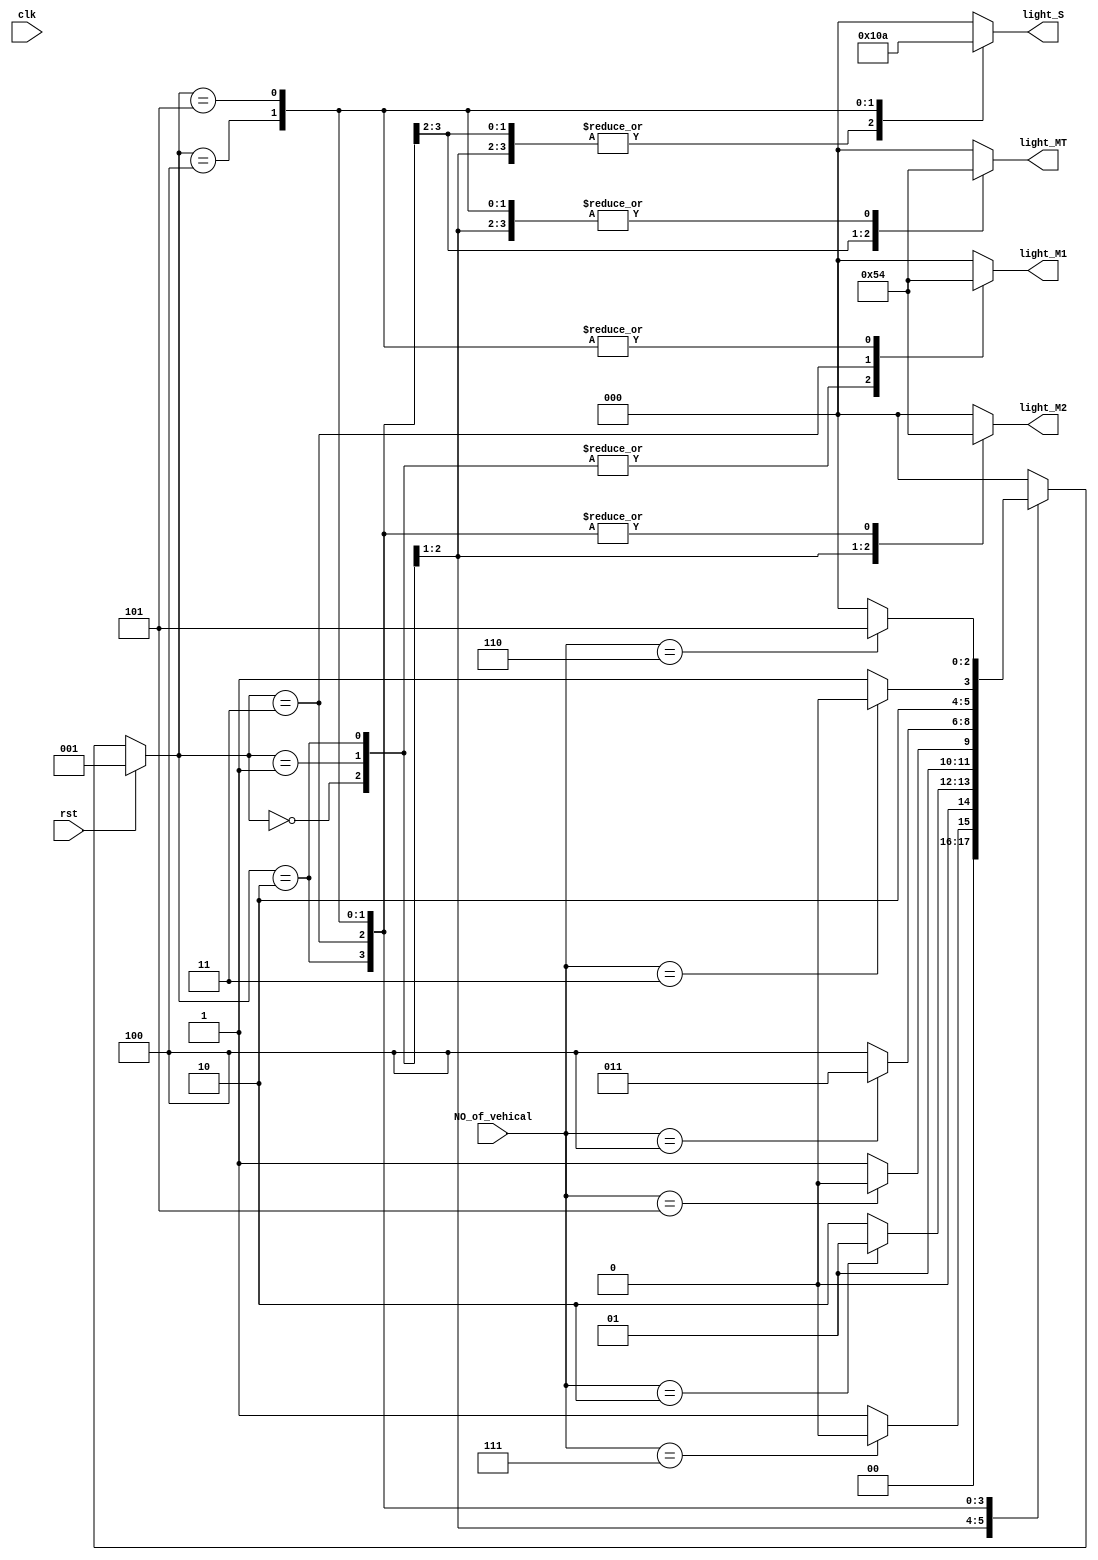
module TrafficLights(light_M1,light_M2,light_MT,light_S,rst,clk,NO_of_vehical);
    
    
    input [4:0]NO_of_vehical;
    input rst;
    input clk;
    
    output [2:0] light_M1;
    reg [2:0] light_M1;
    output [2:0] light_M2;
    reg [2:0] light_M2;
    output [2:0] light_MT; 
    reg [2:0] light_MT;
    output [2:0] light_S;
    reg [2:0] light_S;

    parameter  S1=0, S2=1, S3 =2, S4=3, S5=4,S6=5;
    reg[3:0] count;
    reg[2:0] ps;
    

   
    
    always@( NO_of_vehical)
        begin
        if(rst==1)
        begin
        ps<=S2;
        
        end
        else
        
      
       
            
            case(ps)
                S1: if(NO_of_vehical== 7)
                        begin
                        ps<=S1;
                        
                        end
                    else
                        begin
                        ps<=S2;
                        
                        end
                S2: if(NO_of_vehical== 2)
                        begin
                        ps<=S2;
                        
                        end

                    else
                        begin
                        ps<=S3;
                       
                        end
                S3: if(NO_of_vehical== 5)
                        begin
                        ps<=S3;
                        
                        end

                    else
                        begin
                        ps<=S4;
                        
                        end
                S4:if(NO_of_vehical== 4)
                        begin
                        ps<=S4;
                        
                        end

                    else
                        begin
                        ps<=S5;
                        
                        end
                S5:if(NO_of_vehical== 3)
                        begin
                        ps<=S5;
                        
                        end

                    else
                        begin
                        ps<=S6;
                        
                        end

                S6:if(NO_of_vehical== 6)
                        begin
                        ps<=S6;
                        
                        end

                    else
                        begin
                        ps<=S1;
                        
                        end
                default: ps<=S1;
                endcase
            end   

            always@(ps)    
            begin
                
                case(ps)
                     
                    S1:
                    begin
                       light_M1<=3'b001;
                       light_M2<=3'b001;
                       light_MT<=3'b100;
                       light_S<=3'b100;
                    end
                    S2:
                    begin 
                       light_M1<=3'b001;
                       light_M2<=3'b010;
                       light_MT<=3'b100;
                       light_S<=3'b100;
                    end
                    S3:
                    begin
                       light_M1<=3'b001;
                       light_M2<=3'b100;
                       light_MT<=3'b001;
                       light_S<=3'b100;
                    end
                    S4:
                    begin
                       light_M1<=3'b010;
                       light_M2<=3'b100;
                       light_MT<=3'b010;
                       light_S<=3'b100;
                    end
                    S5:
                    begin
                       light_M1<=3'b100;
                       light_M2<=3'b100;
                       light_MT<=3'b100;
                       light_S<=3'b001;
                    end
                    S6:
                    begin 
                       light_M1<=3'b100;
                       light_M2<=3'b100;
                       light_MT<=3'b100;
                       light_S<=3'b010;
                    end
                    default:
                    begin 
                       light_M1<=3'b000;
                       light_M2<=3'b000;
                       light_MT<=3'b000;
                       light_S<=3'b000;
                    end
                    endcase
            end                
              

endmodule